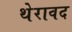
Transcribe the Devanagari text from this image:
थेरावद